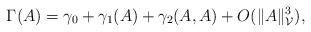
LaTeX: \begin{align*} \Gamma(A)=\gamma_0+\gamma_1(A)+\gamma_2(A,A)+ O(\|A\|_{\mathcal V}^3), \end{align*}